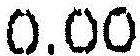
0.00